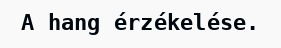
A hang érzékelése.